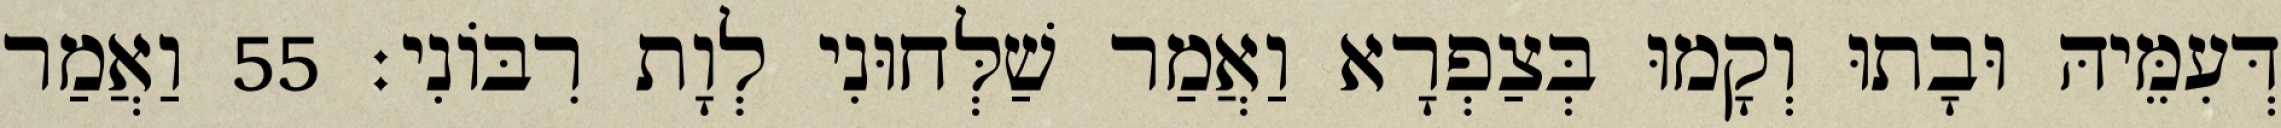
דְּעִמֵּיהּ וּבָתוּ וְקָמוּ בְּצַפְרָא וַאֲמַר שַׁלְּחוּנִי לְוָת רִבּוֹנִי׃ 55 וַאֲמַר